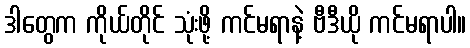
ဒါတွေက ကိုယ်တိုင် သုံးဖို့ ကင်မရာနဲ့ ဗီဒီယို ကင်မရာပါ။